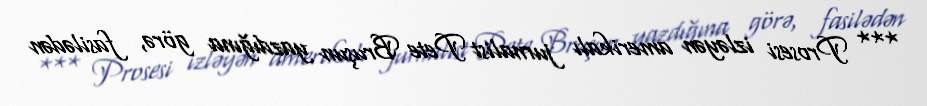
*** Prosesi izləyən amerikalı jurnalist Pete Bruşun yazdığına görə, fasilədən